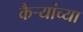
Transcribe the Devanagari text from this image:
कैऱ्यांच्या